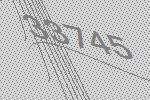
33745